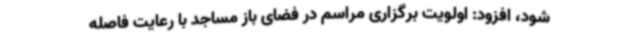
شود، افزود: اولویت برگزاری مراسم در فضای باز مساجد با رعایت فاصله